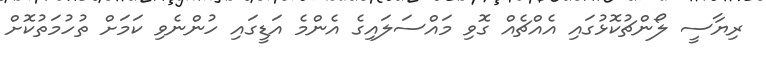
ރިޔާސީ ލޯންޗުކޮޅުގައި އެއްޗެއް ގޮވި މައްސަލައިގެ އެންމެ އަޑީގައި ހުންނެވި ކަމަށް ތުހުމަތުކޮށް